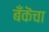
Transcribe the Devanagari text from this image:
बँकॆचा